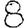
Digit: 8